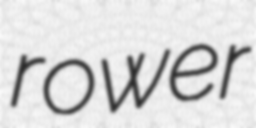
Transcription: rower